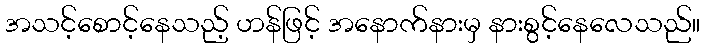
အသင့်စောင့်နေသည့် ဟန်ဖြင့် အနောက်နားမှ နားစွင့်နေလေသည်။